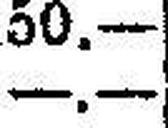
—.—